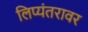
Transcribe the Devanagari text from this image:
लिप्यंतरावर